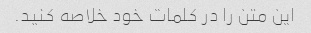
این متن را در کلمات خود خلاصه کنید.